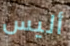
أليس